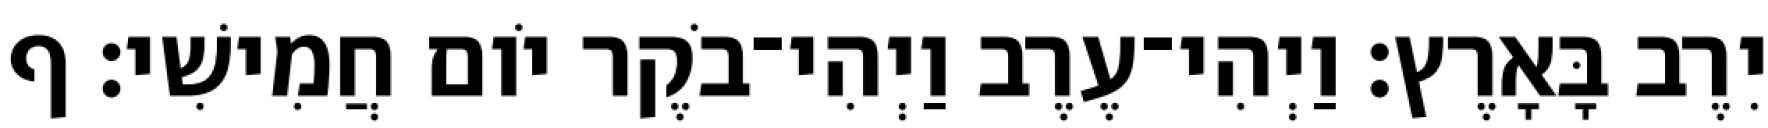
יִרֶב בָּאָרֶץ׃ וַיְהִי־עֶרֶב וַיְהִי־בֹקֶר יֹום חֲמִישִׁי׃ ף